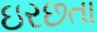
ઇરછતા